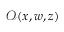
\boldsymbol { \mathcal { O } } ( \boldsymbol { x } , \boldsymbol { w } , z )